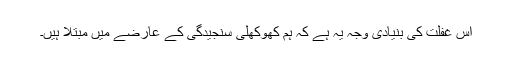
اس غفلت کی بنیادی وجہ یہ ہے کہ ہم کھوکھلی سنجیدگی کے عارضے میں مبتلا ہیں۔